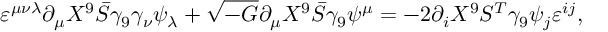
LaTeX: \varepsilon ^ { \mu \nu \lambda } \partial _ { \mu } X ^ { 9 } \bar { S } \gamma _ { 9 } \gamma _ { \nu } \psi _ { \lambda } + \sqrt { - G } \partial _ { \mu } X ^ { 9 } \bar { S } \gamma _ { 9 } \psi ^ { \mu } = - 2 \partial _ { i } X ^ { 9 } S ^ { T } \gamma _ { 9 } \psi _ { j } \varepsilon ^ { i j } ,